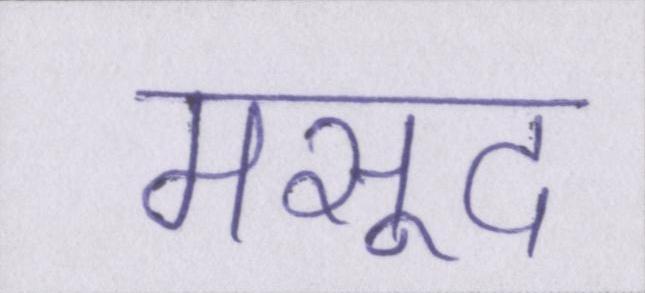
मसूद